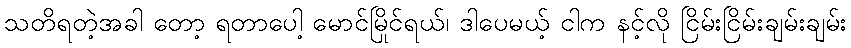
သတိရတဲ့အခါ တော့ ရတာပေါ့ မောင်မြိုင်ရယ်၊ ဒါပေမယ့် ငါက နင့်လို ငြိမ်းငြိမ်းချမ်းချမ်း